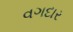
વગદાર